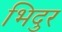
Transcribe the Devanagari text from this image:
भिदुर